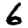
Digit: 6